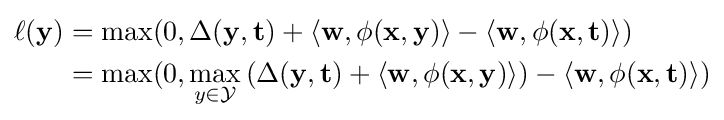
{\begin{aligned}\ell (\mathbf {y} )&=\max(0,\Delta (\mathbf {y} ,\mathbf {t} )+\langle \mathbf {w} ,\phi (\mathbf {x} ,\mathbf {y} )\rangle -\langle \mathbf {w} ,\phi (\mathbf {x} ,\mathbf {t} )\rangle )\\&=\max(0,\max _{y\in {\mathcal {Y}}}\left(\Delta (\mathbf {y} ,\mathbf {t} )+\langle \mathbf {w} ,\phi (\mathbf {x} ,\mathbf {y} )\rangle \right)-\langle \mathbf {w} ,\phi (\mathbf {x} ,\mathbf {t} )\rangle )\end{aligned}}